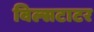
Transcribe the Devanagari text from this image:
विल्सटाटर